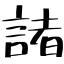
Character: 諸